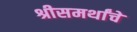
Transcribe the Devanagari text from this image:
श्रीसमर्थांचे